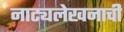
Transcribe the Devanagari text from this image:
नाट्यलेखनाची